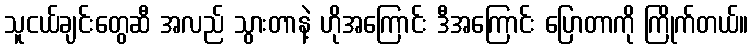
သူငယ်ချင်းတွေဆီ အလည် သွားတာနဲ့ ဟိုအကြောင်း ဒီအကြောင်း ပြောတာကို ကြိုက်တယ်။